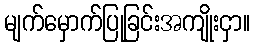
မျက်မှောက်ပြုခြင်းအကျိုးငှာ။